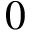
0